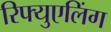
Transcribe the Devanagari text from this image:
रिफ्युएलिंग